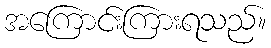
အကြောင်းကြားရသည်။